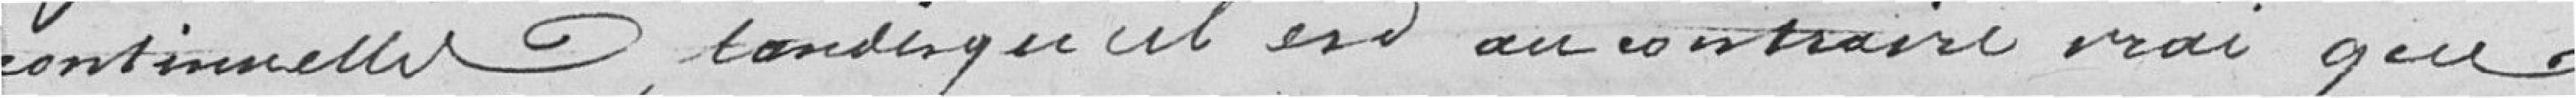
continuelles, tandis qu'il est au contraire vrai que